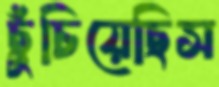
ছুঁচিয়েছিস